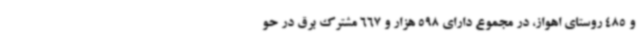
و 485 روستای اهواز، در مجموع دارای 598 هزار و 667 مشترک برق در حو